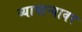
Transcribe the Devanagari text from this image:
व्यापाऱ्यावर